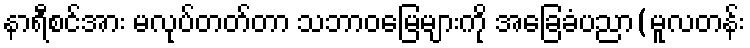
နာရီစင်အား မလုပ်တတ်တာ သဘာဝမြေများကို အခြေခံပညာ(မူလတန်း